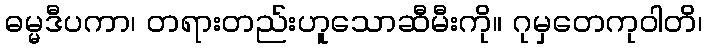
ဓမ္မဒီပကာ၊ တရားတည်းဟူသောဆီမီးကို။ ဂုမှတေကုဝါတိ၊